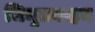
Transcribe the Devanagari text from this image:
जिमुतवाहन